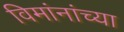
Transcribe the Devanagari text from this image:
विमांनांच्या